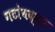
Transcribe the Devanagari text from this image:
गटांबद्दल